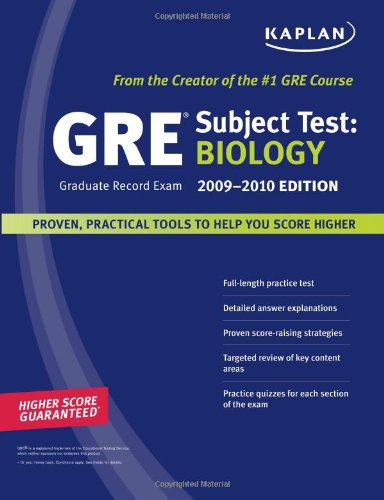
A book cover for Kaplan GRE Exam Subject Test: Biology 2009-2010 Edition (Kaplan Gre Biology); Kaplan; Test Preparation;